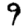
Digit: 9